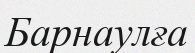
Барнаулға